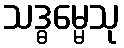
သဒ္ဓမ္မေသု